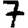
Digit: 7